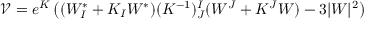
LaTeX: \mathcal { V } = e ^ { K } \left( ( W _ { I } ^ { * } + K _ { I } W ^ { * } ) ( K ^ { - 1 } ) _ { J } ^ { I } ( W ^ { J } + K ^ { J } W ) - 3 | W | ^ { 2 } \right)